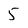
Character: 5